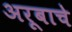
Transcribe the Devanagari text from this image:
अरूबाचे